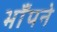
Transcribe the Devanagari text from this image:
भाँपने